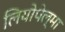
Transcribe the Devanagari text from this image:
लियोपेल्मा